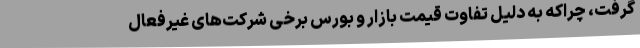
گرفت، چراکه به دلیل تفاوت قیمت بازار و بورس برخی شرکت‌های غیرفعال